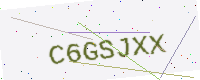
Text: C6GSJXX